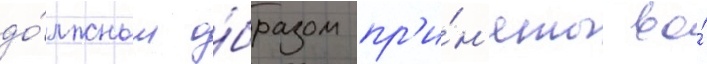
до́лжным о́бразом пр'и́н'яты во́